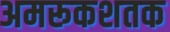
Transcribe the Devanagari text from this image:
अमरूकशतक